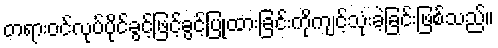
တရားဝင်လုပ်ပိုင်ခွင့်ဖြင့်ခွင့်ပြုထားခြင်းကိုကျင့်သုံးခဲ့ခြင်းဖြစ်သည်။